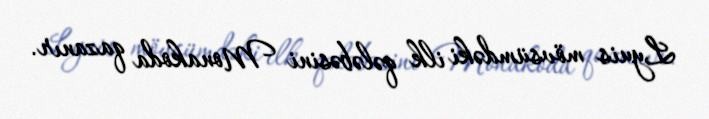
Lyuis mövsümdəki ilk qələbəsini Monakoda qazanır.